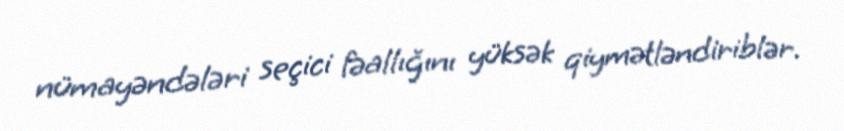
nümayəndələri seçici fəallığını yüksək qiymətləndiriblər.